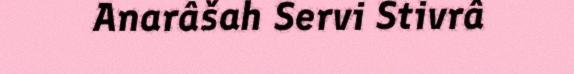
Anarâšah Servi Stivrâ